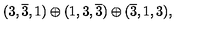
( 3 , \overline { { 3 } } , 1 ) \oplus ( 1 , 3 , \overline { { 3 } } ) \oplus ( \overline { { 3 } } , 1 , 3 ) ,